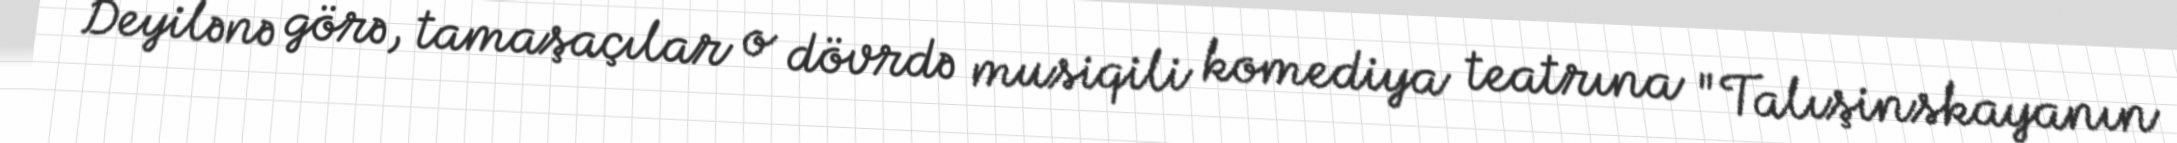
Deyilənə görə, tamaşaçılar o dövrdə musiqili komediya teatrına "Talışinskayanın